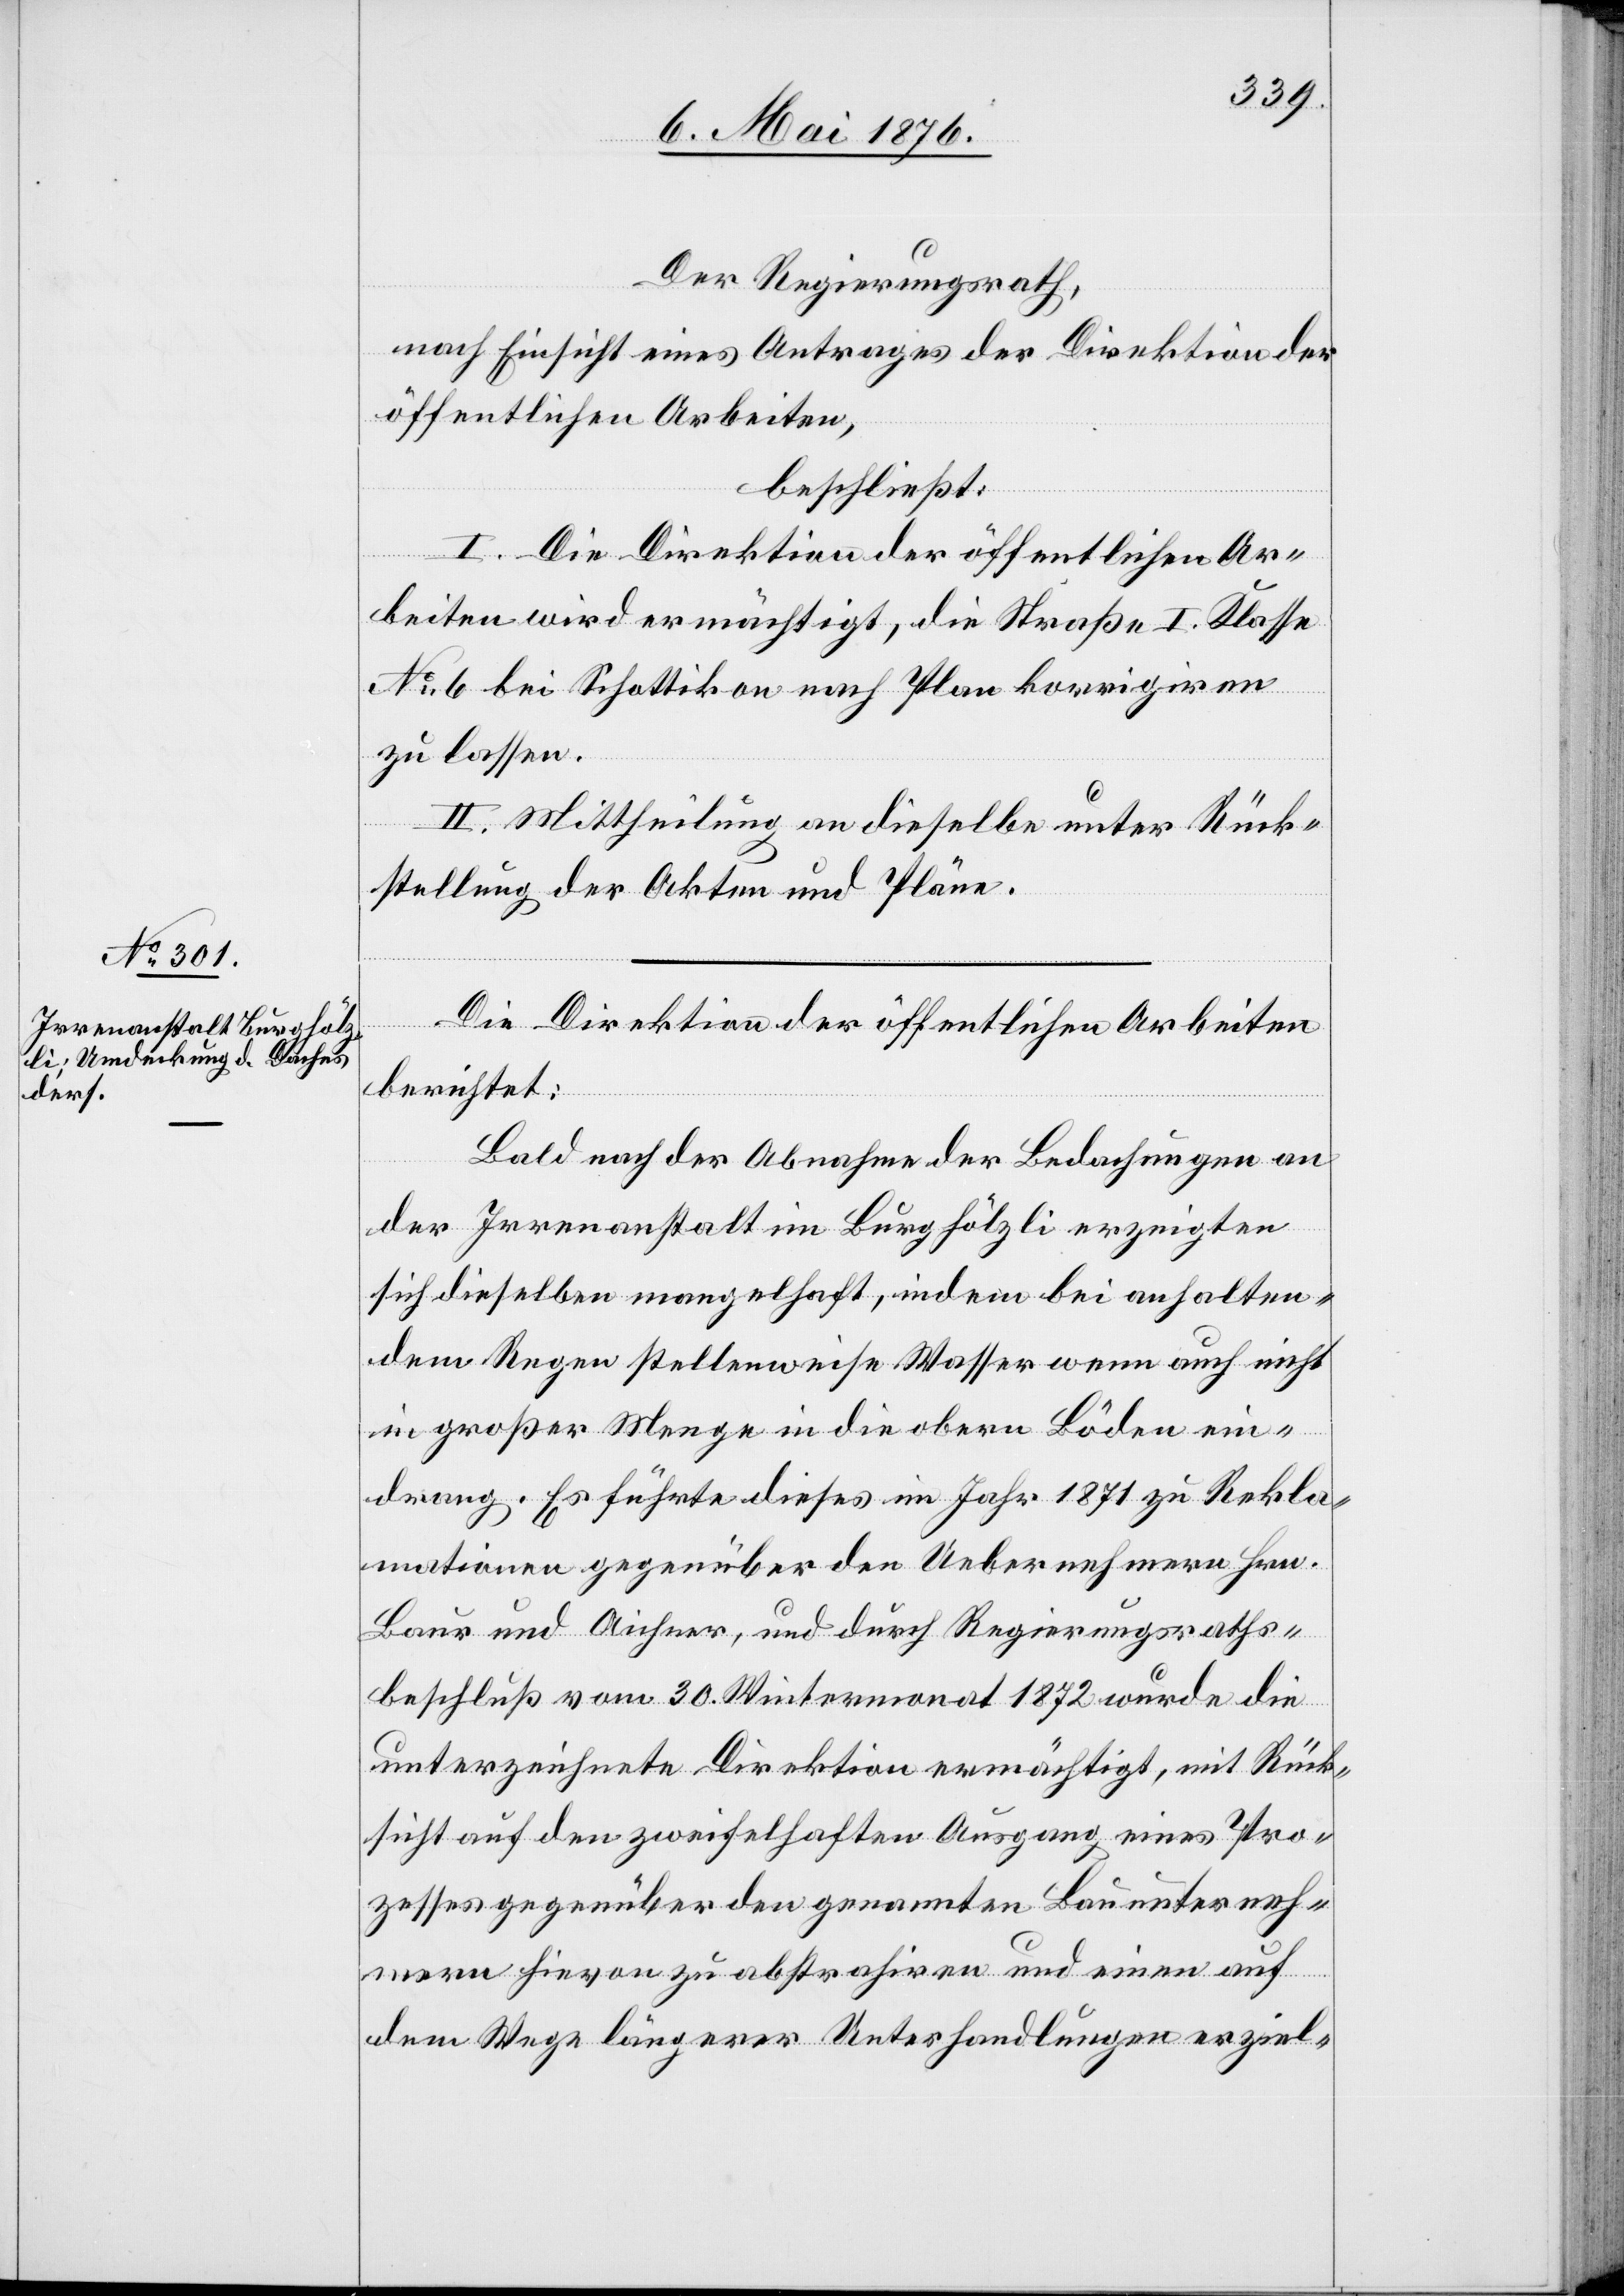
Der Regierungsrath,
nach Einsicht eines Antrages der Direktion der
öffentlichen Arbeiten,
beschließt:
I. Die Direktion der öffentlichen Ar¬
beiten wird ermächtigt, die Straße I. Klasse
No 6 bei Schottikon nach Plan korrigiren
zu lassen.
II. Mittheilung an dieselbe unter Rück¬
stellung der Akten und Pläne.
Die Direktion der öffentlichen Arbeiten
berichtet:
Bald nach der Abnahme der Bedachungen an
der Irrenanstalt im Burghölzli erzeigten
sich dieselben mangelhaft, indem bei anhalten¬
dem Regen stellenweise Wasser wenn auch nicht
in großer Menge in die obern Böden ein¬
drang. Es führte dieses im Jahr 1871 zu Rekla¬
mationen gegenüber den Uebernehmern Hrn.
Baur und Aichner, und durch Regierungsraths¬
beschluß vom 30. Wintermonat 1872 wurde die
unterzeichnete Direktion ermächtigt, mit Rück¬
sicht auf den zweifelhaften Ausgang eines Pro¬
zesses gegenüber den genannten Bauunterneh¬
mungen hievon zu abstrahiren und einen auf
dem Wege längerer Unterhandlungen erziel-